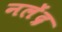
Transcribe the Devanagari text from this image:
नलेंद्र